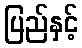
ပြည်နှင့်